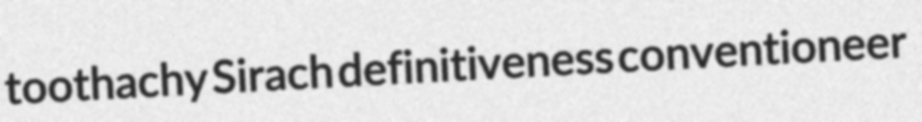
toothachy Sirach definitiveness conventioneer